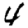
Digit: 4